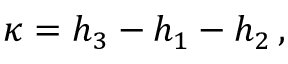
\kappa = h _ { 3 } - h _ { 1 } - h _ { 2 } \, ,